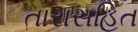
તારાસહિત